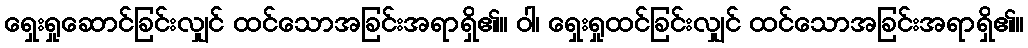
ရှေးရှုဆောင်ခြင်းလျှင် ထင်သောအခြင်းအရာရှိ၏။ ဝါ၊ ရှေးရှုထင်ခြင်းလျှင် ထင်သောအခြင်းအရာရှိ၏။